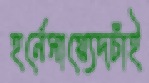
হর্নেসায়্যেদচাঁই